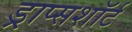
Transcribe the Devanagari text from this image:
ड्राप्सशॉर्ट